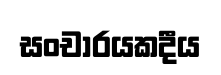
සංචාරයකදීය